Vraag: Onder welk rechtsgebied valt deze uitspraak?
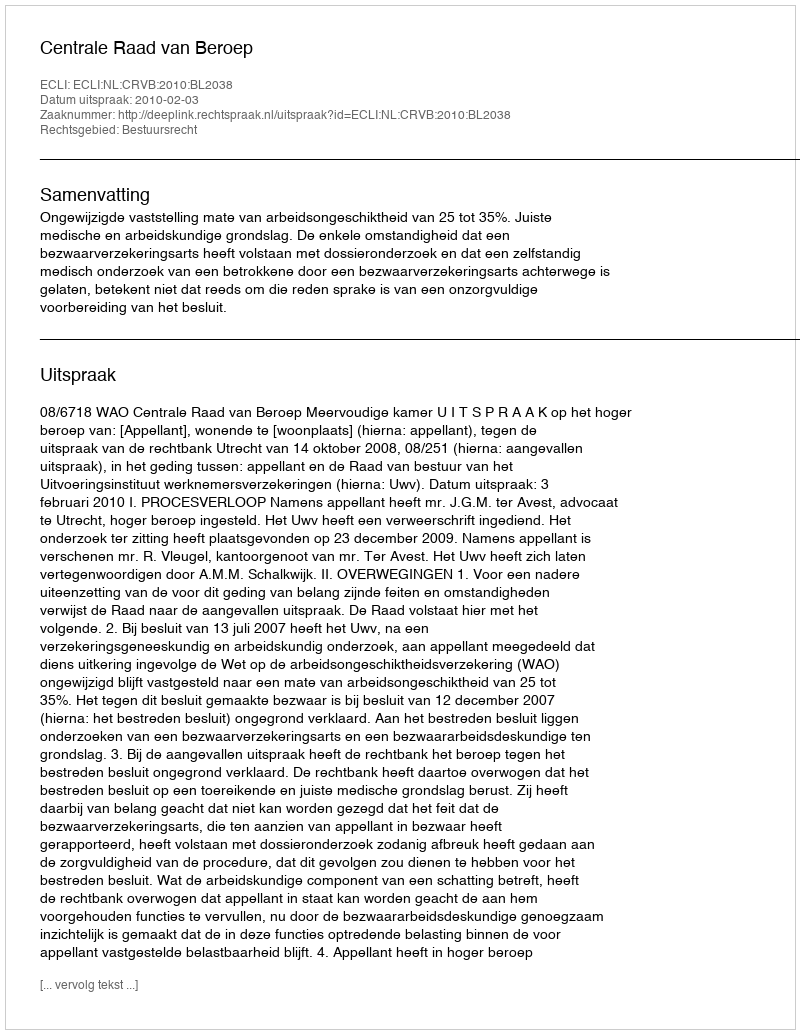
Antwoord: Bestuursrecht